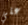
علي